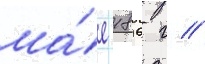
ма́е 1896 г //